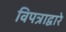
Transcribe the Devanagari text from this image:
विपत्राद्वारे